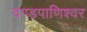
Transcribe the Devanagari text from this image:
दण्‍डपाणिश्‍वर